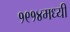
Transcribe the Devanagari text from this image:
१९१४मध्यी